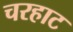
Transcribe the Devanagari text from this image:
चरहाट